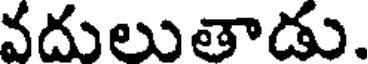
వదులుతాడు.